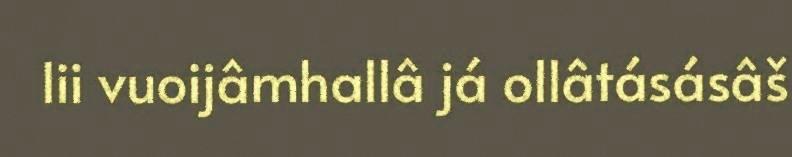
lii vuoijâmhallâ já ollâtásásâš